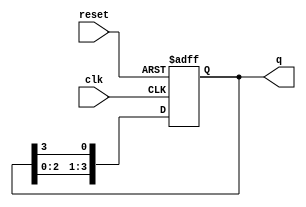
module binary_ring_counter (
    input wire clk,      // Clock input
    input wire reset,    // Active high reset
    output reg [N-1:0] q // Output of the counter
);
    parameter N = 4; // Number of flip-flops (change as needed)

    always @(posedge clk or posedge reset) begin
        if (reset) begin
            // Initialize the counter with '1' in the first flip-flop
            q <= 1'b1; // Set the first flip-flop to '1'
        end else begin
            // Shift the '1' to the next flip-flop
            q <= {q[N-2:0], q[N-1]}; // Shift left and wrap around
        end
    end
endmodule